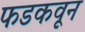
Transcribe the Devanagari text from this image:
फडकवून